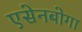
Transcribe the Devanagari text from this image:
एसेनबोगा